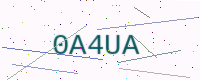
Text: 0A4UA